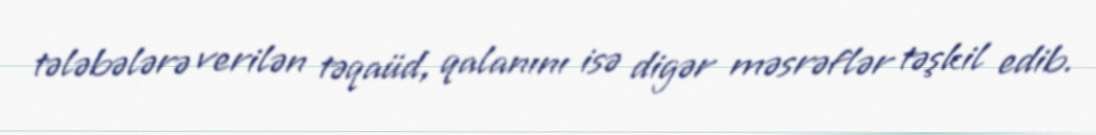
tələbələrə verilən təqaüd, qalanını isə digər məsrəflər təşkil edib.